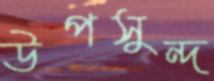
উপসুন্দ